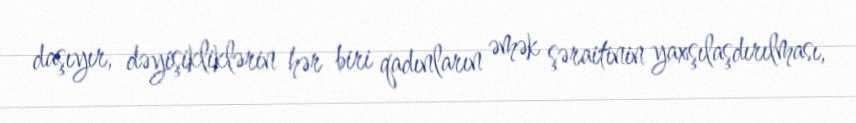
daşıyır, dəyişikliklərin hər biri qadınların əmək şəraitinin yaxşılaşdırılması,